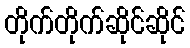
တိုက်တိုက်ဆိုင်ဆိုင်